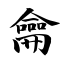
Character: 龠